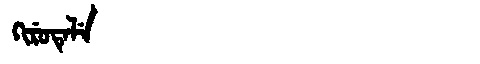
Manchu: ᡴᡳᡵᡠᡨᡝᠯᡝ
Romanization: KIRUTELE